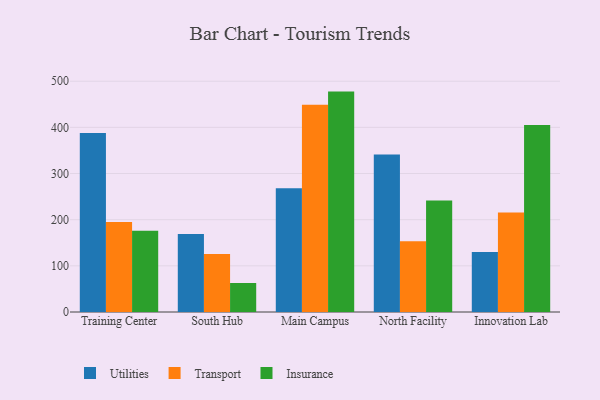
{"axis": {"x": "Campus", "y": "Operating Costs (USD K)"}, "legend": ["Insurance", "Transport", "Utilities"], "data": [{"x": "Training Center", "y": 387.9, "type": "Utilities"}, {"x": "Training Center", "y": 194.8, "type": "Transport"}, {"x": "Training Center", "y": 175.8, "type": "Insurance"}, {"x": "South Hub", "y": 169.0, "type": "Utilities"}, {"x": "South Hub", "y": 125.9, "type": "Transport"}, {"x": "South Hub", "y": 62.8, "type": "Insurance"}, {"x": "Main Campus", "y": 268.1, "type": "Utilities"}, {"x": "Main Campus", "y": 449.0, "type": "Transport"}, {"x": "Main Campus", "y": 477.5, "type": "Insurance"}, {"x": "North Facility", "y": 341.2, "type": "Utilities"}, {"x": "North Facility", "y": 153.2, "type": "Transport"}, {"x": "North Facility", "y": 241.4, "type": "Insurance"}, {"x": "Innovation Lab", "y": 130.1, "type": "Utilities"}, {"x": "Innovation Lab", "y": 215.4, "type": "Transport"}, {"x": "Innovation Lab", "y": 405.3, "type": "Insurance"}]}